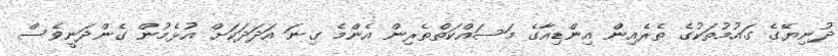
ދުނިޔޭގެ ގައުމުތަކުގެ ތެރެއިން އިންޑިއާގެ މަސައްކަތްތެރިން އެންމެ ގިނަ އަދަދަކަށް އުޅެމުން ގެންދަނީވެސް